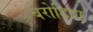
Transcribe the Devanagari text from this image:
बरोडिया